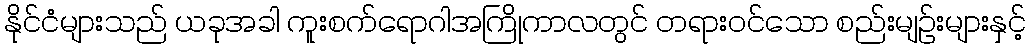
နိုင်ငံများသည် ယခုအခါ ကူးစက်ရောဂါအကြိုကာလတွင် တရားဝင်သော စည်းမျဉ်းများနှင့်